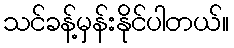
သင်ခန့်မှန်းနိုင်ပါတယ်။